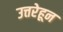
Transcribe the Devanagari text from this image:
उत्तरेहून